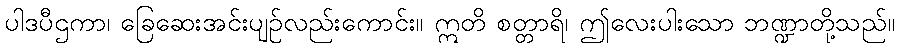
ပါဒပီဌကာ၊ ခြေဆေးအင်းပျဉ်လည်းကောင်း။ ဣတိ စတ္တာရိ၊ ဤလေးပါးသော ဘဏ္ဍာတို့သည်။